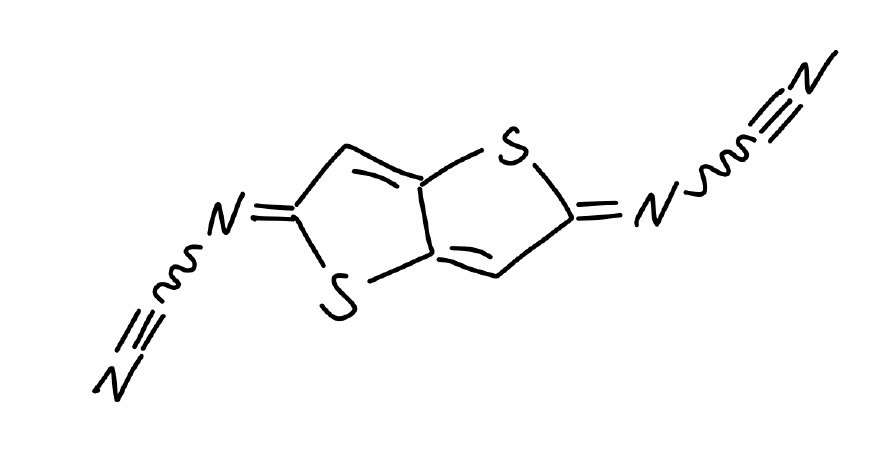
Simplified molecular-input line-entry system (SMILES) notation of the given molecule:
C1=C2C(=CC(=NC#N)S2)SC1=NC#N